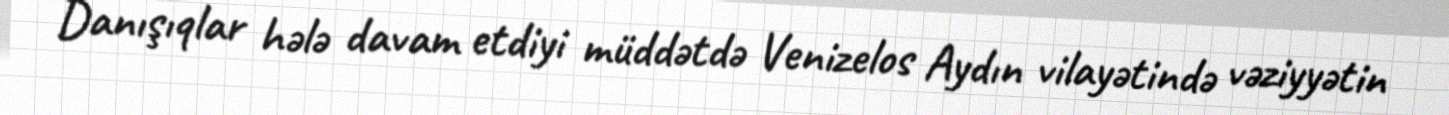
Danışıqlar hələ davam etdiyi müddətdə Venizelos Aydın vilayətində vəziyyətin